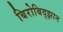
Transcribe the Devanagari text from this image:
बिरोबिद्झान